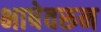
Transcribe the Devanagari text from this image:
भाषेवरून